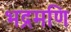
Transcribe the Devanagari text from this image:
भद्रमणि